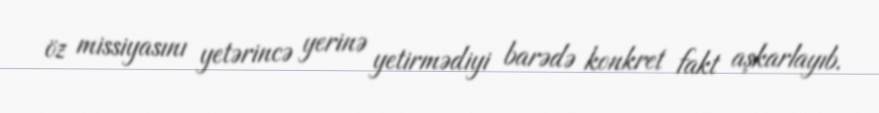
öz missiyasını yetərincə yerinə yetirmədiyi barədə konkret fakt aşkarlayıb.